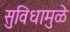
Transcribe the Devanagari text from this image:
सुविधामुळे